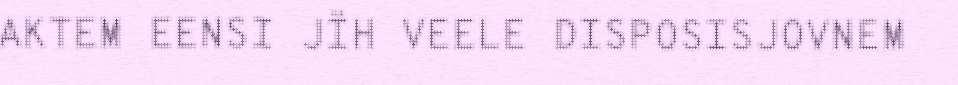
AKTEM EENSI JÏH VEELE DISPOSISJOVNEM